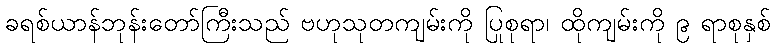
ခရစ်ယာန်ဘုန်းတော်ကြီးသည် ဗဟုသုတကျမ်းကို ပြုစုရာ၊ ထိုကျမ်းကို ၉ ရာစုနှစ်